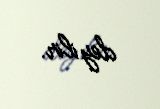
deyilir.